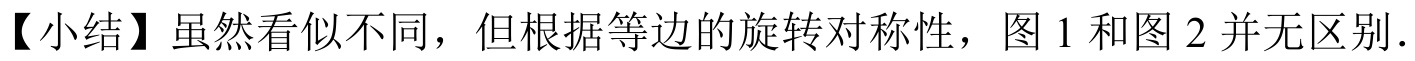
【小结】虽然看似不同，但根据等边的旋转对称性，图 1 和图 2 并无区别．